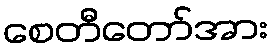
စေတီတော်အား